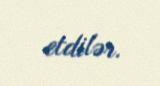
etdilər.